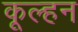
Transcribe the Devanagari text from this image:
कूल्हन